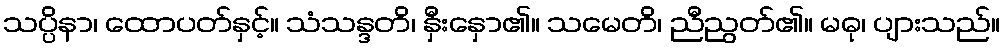
သပ္ပိနာ၊ ထောပတ်နှင့်။ သံသန္ဒတိ၊ နှီးနှော၏။ သမေတိ၊ ညီညွတ်၏။ မဓု၊ ပျားသည်။